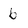
Character: b